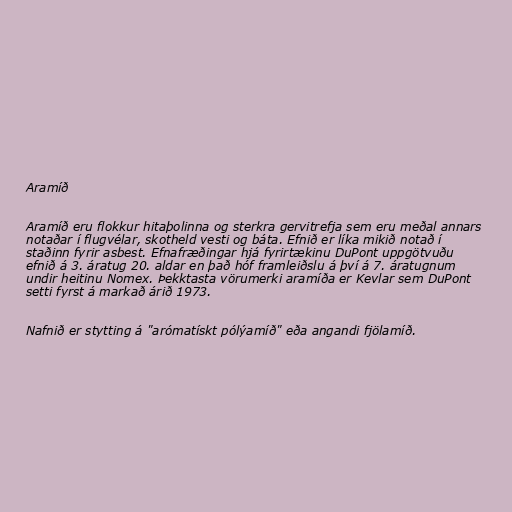
Aramíð

Aramíð eru flokkur hitaþolinna og sterkra gervitrefja sem eru meðal annars
notaðar í flugvélar, skotheld vesti og báta. Efnið er líka mikið notað í
staðinn fyrir asbest. Efnafræðingar hjá fyrirtækinu DuPont uppgötvuðu
efnið á 3. áratug 20. aldar en það hóf framleiðslu á því á 7. áratugnum
undir heitinu Nomex. Þekktasta vörumerki aramíða er Kevlar sem DuPont
setti fyrst á markað árið 1973.

Nafnið er stytting á "arómatískt pólýamíð" eða angandi fjölamíð.